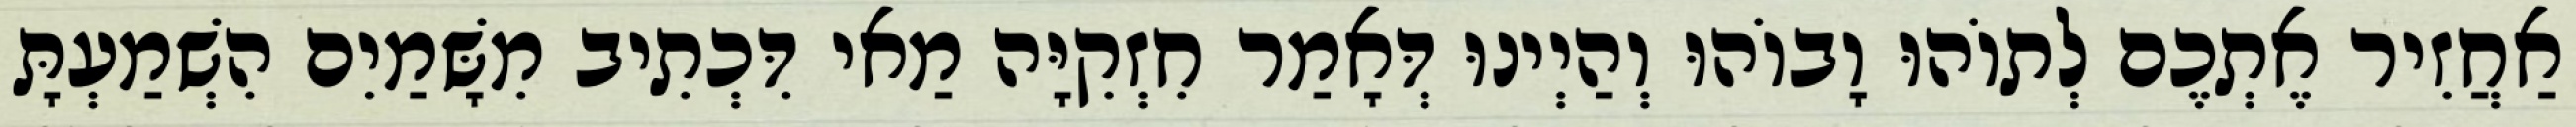
אַחֲזִיר אֶתְכֶם לְתוֹהוּ וָבוֹהוּ וְהַיְינוּ דְּאָמַר חִזְקִיָּה מַאי דִּכְתִיב מִשָּׁמַיִם הִשְׁמַעְתָּ